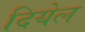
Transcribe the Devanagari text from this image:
दियेल